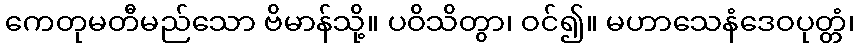
ကေတုမတီမည်သော ဗိမာန်သို့။ ပဝိသိတွာ၊ ဝင်၍။ မဟာသေနံဒေဝပုတ္တံ၊